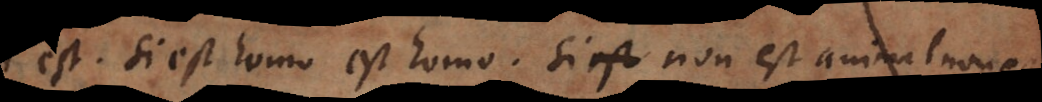
est. Si est homo, est homo. Si non est animal, non